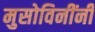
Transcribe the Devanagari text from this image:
मुसोविनींनी